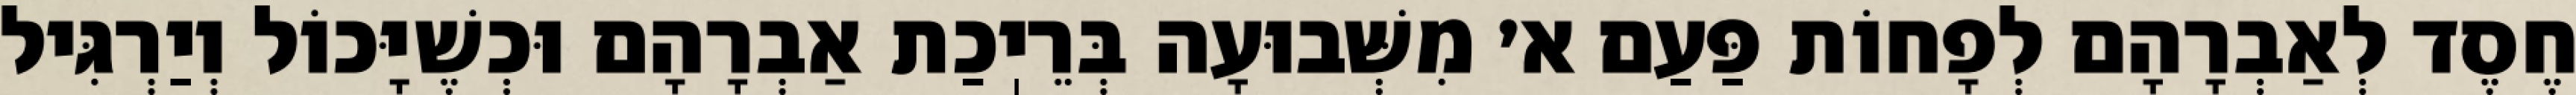
חֶסֶד לְאַבְרָהָם לְפָחוֹת פַּעַם א׳ מִשְּׁבוּעָה בְּרֵיֽכַת אַבְרָהָם וּכְשֶׁיָּכוֹל וְיַרְגִּיל